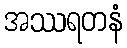
အဿရတနံ